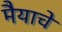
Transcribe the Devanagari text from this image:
मैयाचे